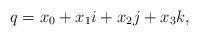
LaTeX: \begin{align*}q=x_0+x_1i+x_2j+x_3k, \end{align*}